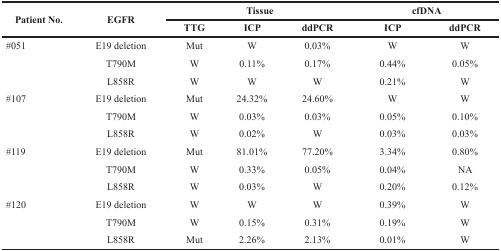
<table><thead><tr><td rowspan="2"><b>Patient No.</b></td><td rowspan="2"><b>EGFR</b></td><td colspan="3"><b>Tissue</b></td><td colspan="2"><b>cfDNA</b></td></tr><tr><td><b>TTG</b></td><td><b>ICP</b></td><td><b>ddPCR</b></td><td><b>ICP</b></td><td><b>ddPCR</b></td></tr></thead><tbody><tr><td>#051</td><td>E19 deletion</td><td>Mut</td><td>W</td><td>0.03%</td><td>W</td><td>W</td></tr><tr><td></td><td>T790M</td><td>W</td><td>0.11%</td><td>0.17%</td><td>0.44%</td><td>0.05%</td></tr><tr><td></td><td>L858R</td><td>W</td><td>W</td><td>W</td><td>0.21%</td><td>W</td></tr><tr><td>#107</td><td>E19 deletion</td><td>Mut</td><td>24.32%</td><td>24.60%</td><td>W</td><td>W</td></tr><tr><td></td><td>T790M</td><td>W</td><td>0.03%</td><td>0.03%</td><td>0.05%</td><td>0.10%</td></tr><tr><td></td><td>L858R</td><td>W</td><td>0.02%</td><td>W</td><td>0.03%</td><td>0.03%</td></tr><tr><td>#119</td><td>E19 deletion</td><td>Mut</td><td>81.01%</td><td>77.20%</td><td>3.34%</td><td>0.80%</td></tr><tr><td></td><td>T790M</td><td>W</td><td>0.33%</td><td>0.05%</td><td>0.04%</td><td>NA</td></tr><tr><td></td><td>L858R</td><td>W</td><td>0.03%</td><td>W</td><td>0.20%</td><td>0.12%</td></tr><tr><td>#120</td><td>E19 deletion</td><td>W</td><td>W</td><td>W</td><td>0.39%</td><td>W</td></tr><tr><td></td><td>T790M</td><td>W</td><td>0.15%</td><td>0.31%</td><td>0.19%</td><td>W</td></tr><tr><td></td><td>L858R</td><td>Mut</td><td>2.26%</td><td>2.13%</td><td>0.01%</td><td>W</td></tr></tbody></table>